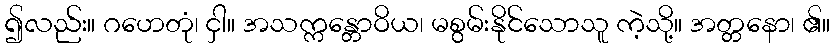
၍လည်း။ ဂဟေတုံ၊ ငှါ။ အသက္ကန္တောဝိယ၊ မစွမ်းနိုင်သောသူ ကဲ့သို့။ အတ္တနော၊ ၏။